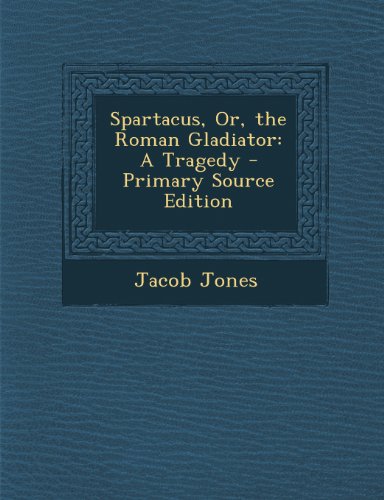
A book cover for Spartacus, Or, the Roman Gladiator: A Tragedy - Primary Source Edition; Jacob Jones; Literature & Fiction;